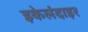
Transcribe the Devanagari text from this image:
इकेलंदाइर